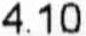
4.10